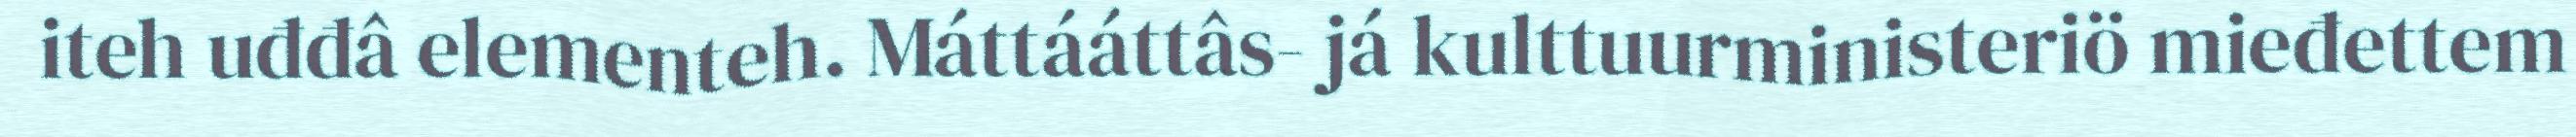
iteh uđđâ elementeh. Máttááttâs- já kulttuurministeriö mieđettem